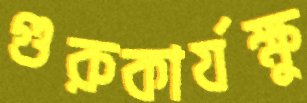
গুরুকার্যক্ষু